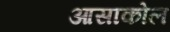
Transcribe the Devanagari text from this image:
आसाकोल